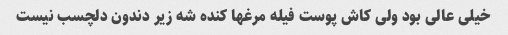
خیلی عالی بود ولی کاش پوست فیله مرغها کنده شه زیر دندون دلچسب نیست